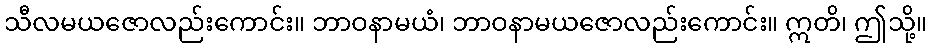
သီလမယဇောလည်းကောင်း။ ဘာဝနာမယံ၊ ဘာဝနာမယဇောလည်းကောင်း။ ဣတိ၊ ဤသို့။